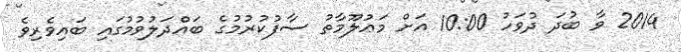
2014 ވާ ބުދަ ދުވަހު 10:00 އަށް މަޢުލޫމާތު ސާފުކުރުމުގެ ބައްދަލުވުމުގައި ބައިވެރިވެ